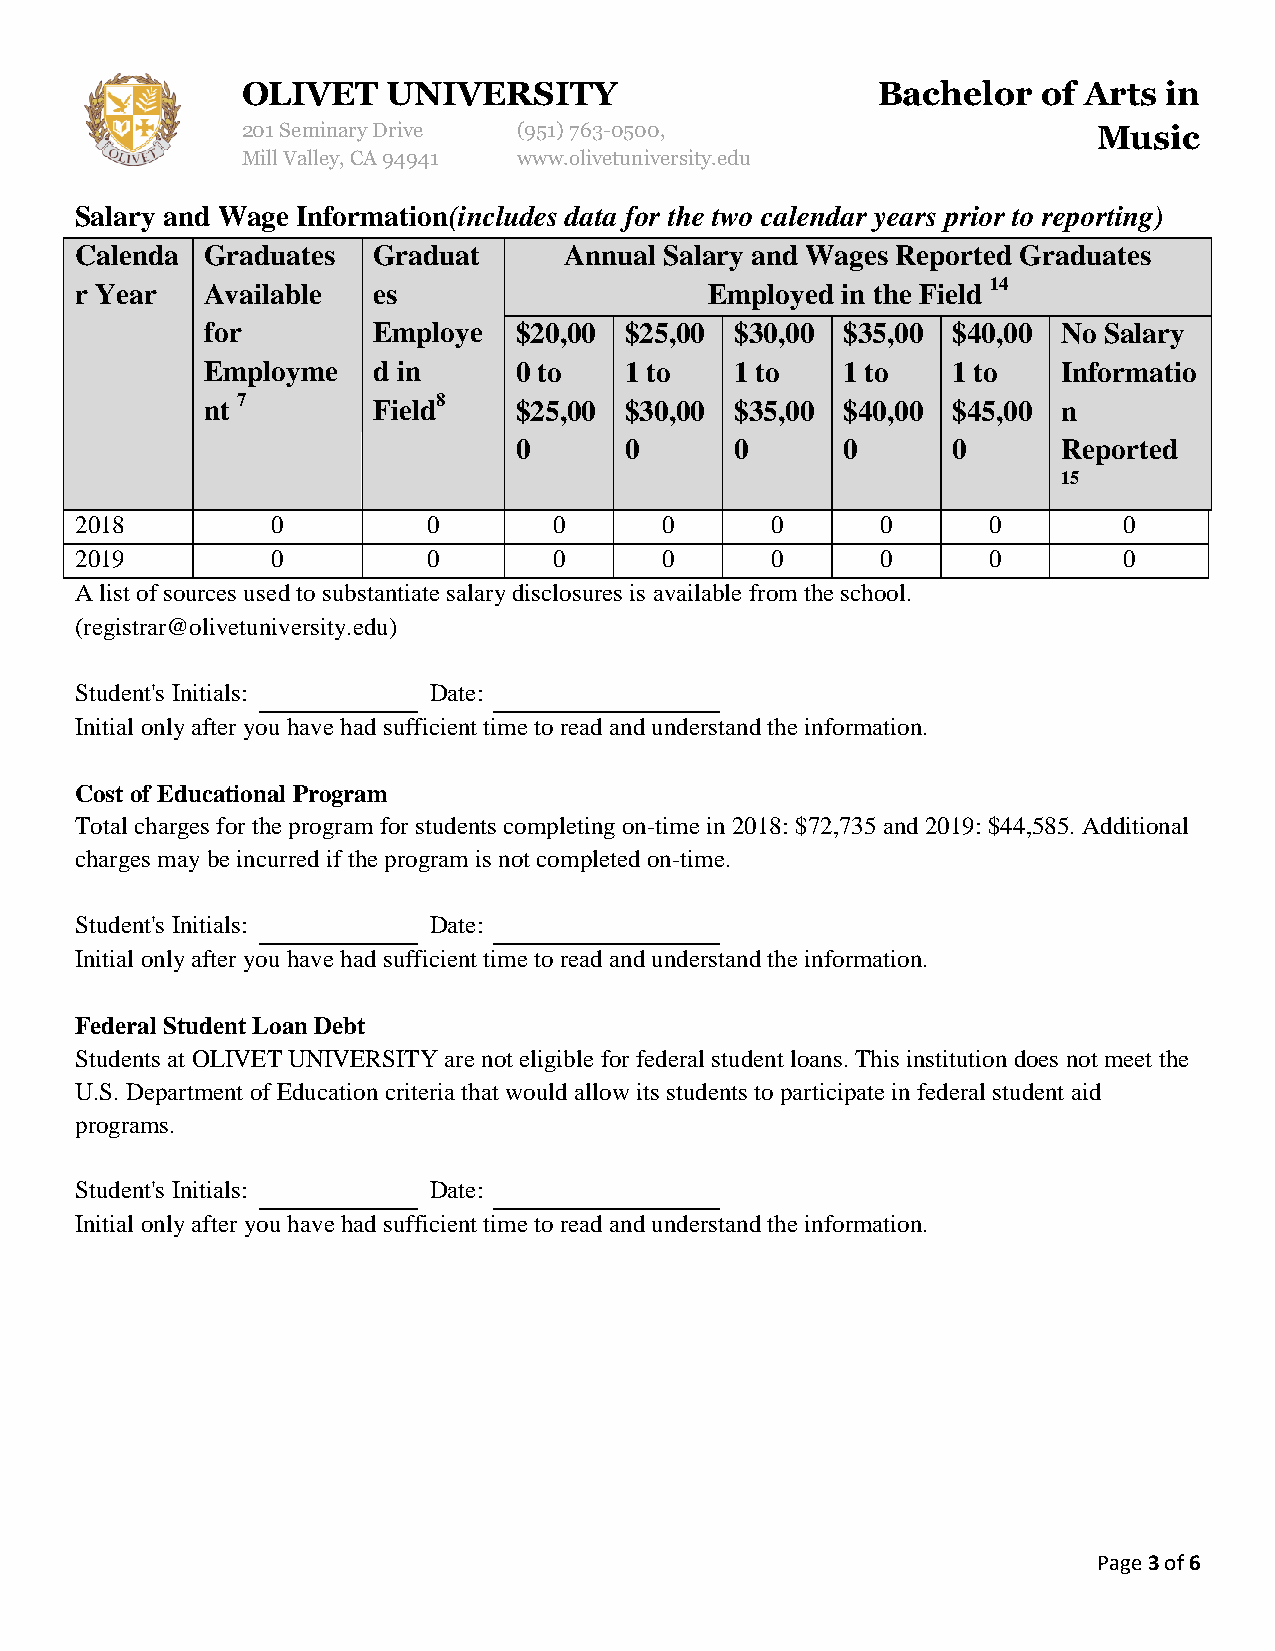
OLIVET    UNIVERSITY                      Bachelor   of Arts in
 201 Seminary Drive (951)763-0500,                        Music
 Mill Valley, CA 94941 www.olivetuniversity.edu
 Salary and Wage Information(includes data for the two calendar years prior to reporting)
 Calenda  Graduates  Graduat     Annual Salary and Wages Reported Graduates
 r Year   Available  es                    Employed in the Field 14
 for        Employe  $20,00 $25,00  $30,00 $35,00 $40,00 No Salary
 Employme   d in     0 to   1 to    1 to   1 to   1 to   Informatio
 nt 7       Field8   $25,00 $30,00  $35,00 $40,00 $45,00 n
 0      0       0      0      0      Reported
 15
 2018         0         0        0      0      0      0      0        0
 2019         0         0        0      0      0      0      0        0
 A list of sources used to substantiate salary disclosures is available from the school.
 (registrar@olivetuniversity.edu)
 Student's Initials:    Date:
 Initial only after you have had sufficient time to read and understand the information.
 Cost of Educational Program
 Total charges for the program for students completing on-time in 2018: $72,735 and 2019: $44,585. Additional
 charges may be incurred if the program is not completed on-time.
 Student's Initials:    Date:
 Initial only after you have had sufficient time to read and understand the information.
 Federal Student Loan Debt
 Students at OLIVET UNIVERSITY are not eligible for federal student loans. This institution does not meet the
 U.S. Department of Education criteria that would allow its students to participate in federal student aid
 programs.
 Student's Initials:    Date:
 Initial only after you have had sufficient time to read and understand the information.
 Page 3 of 6